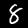
Digit: 8